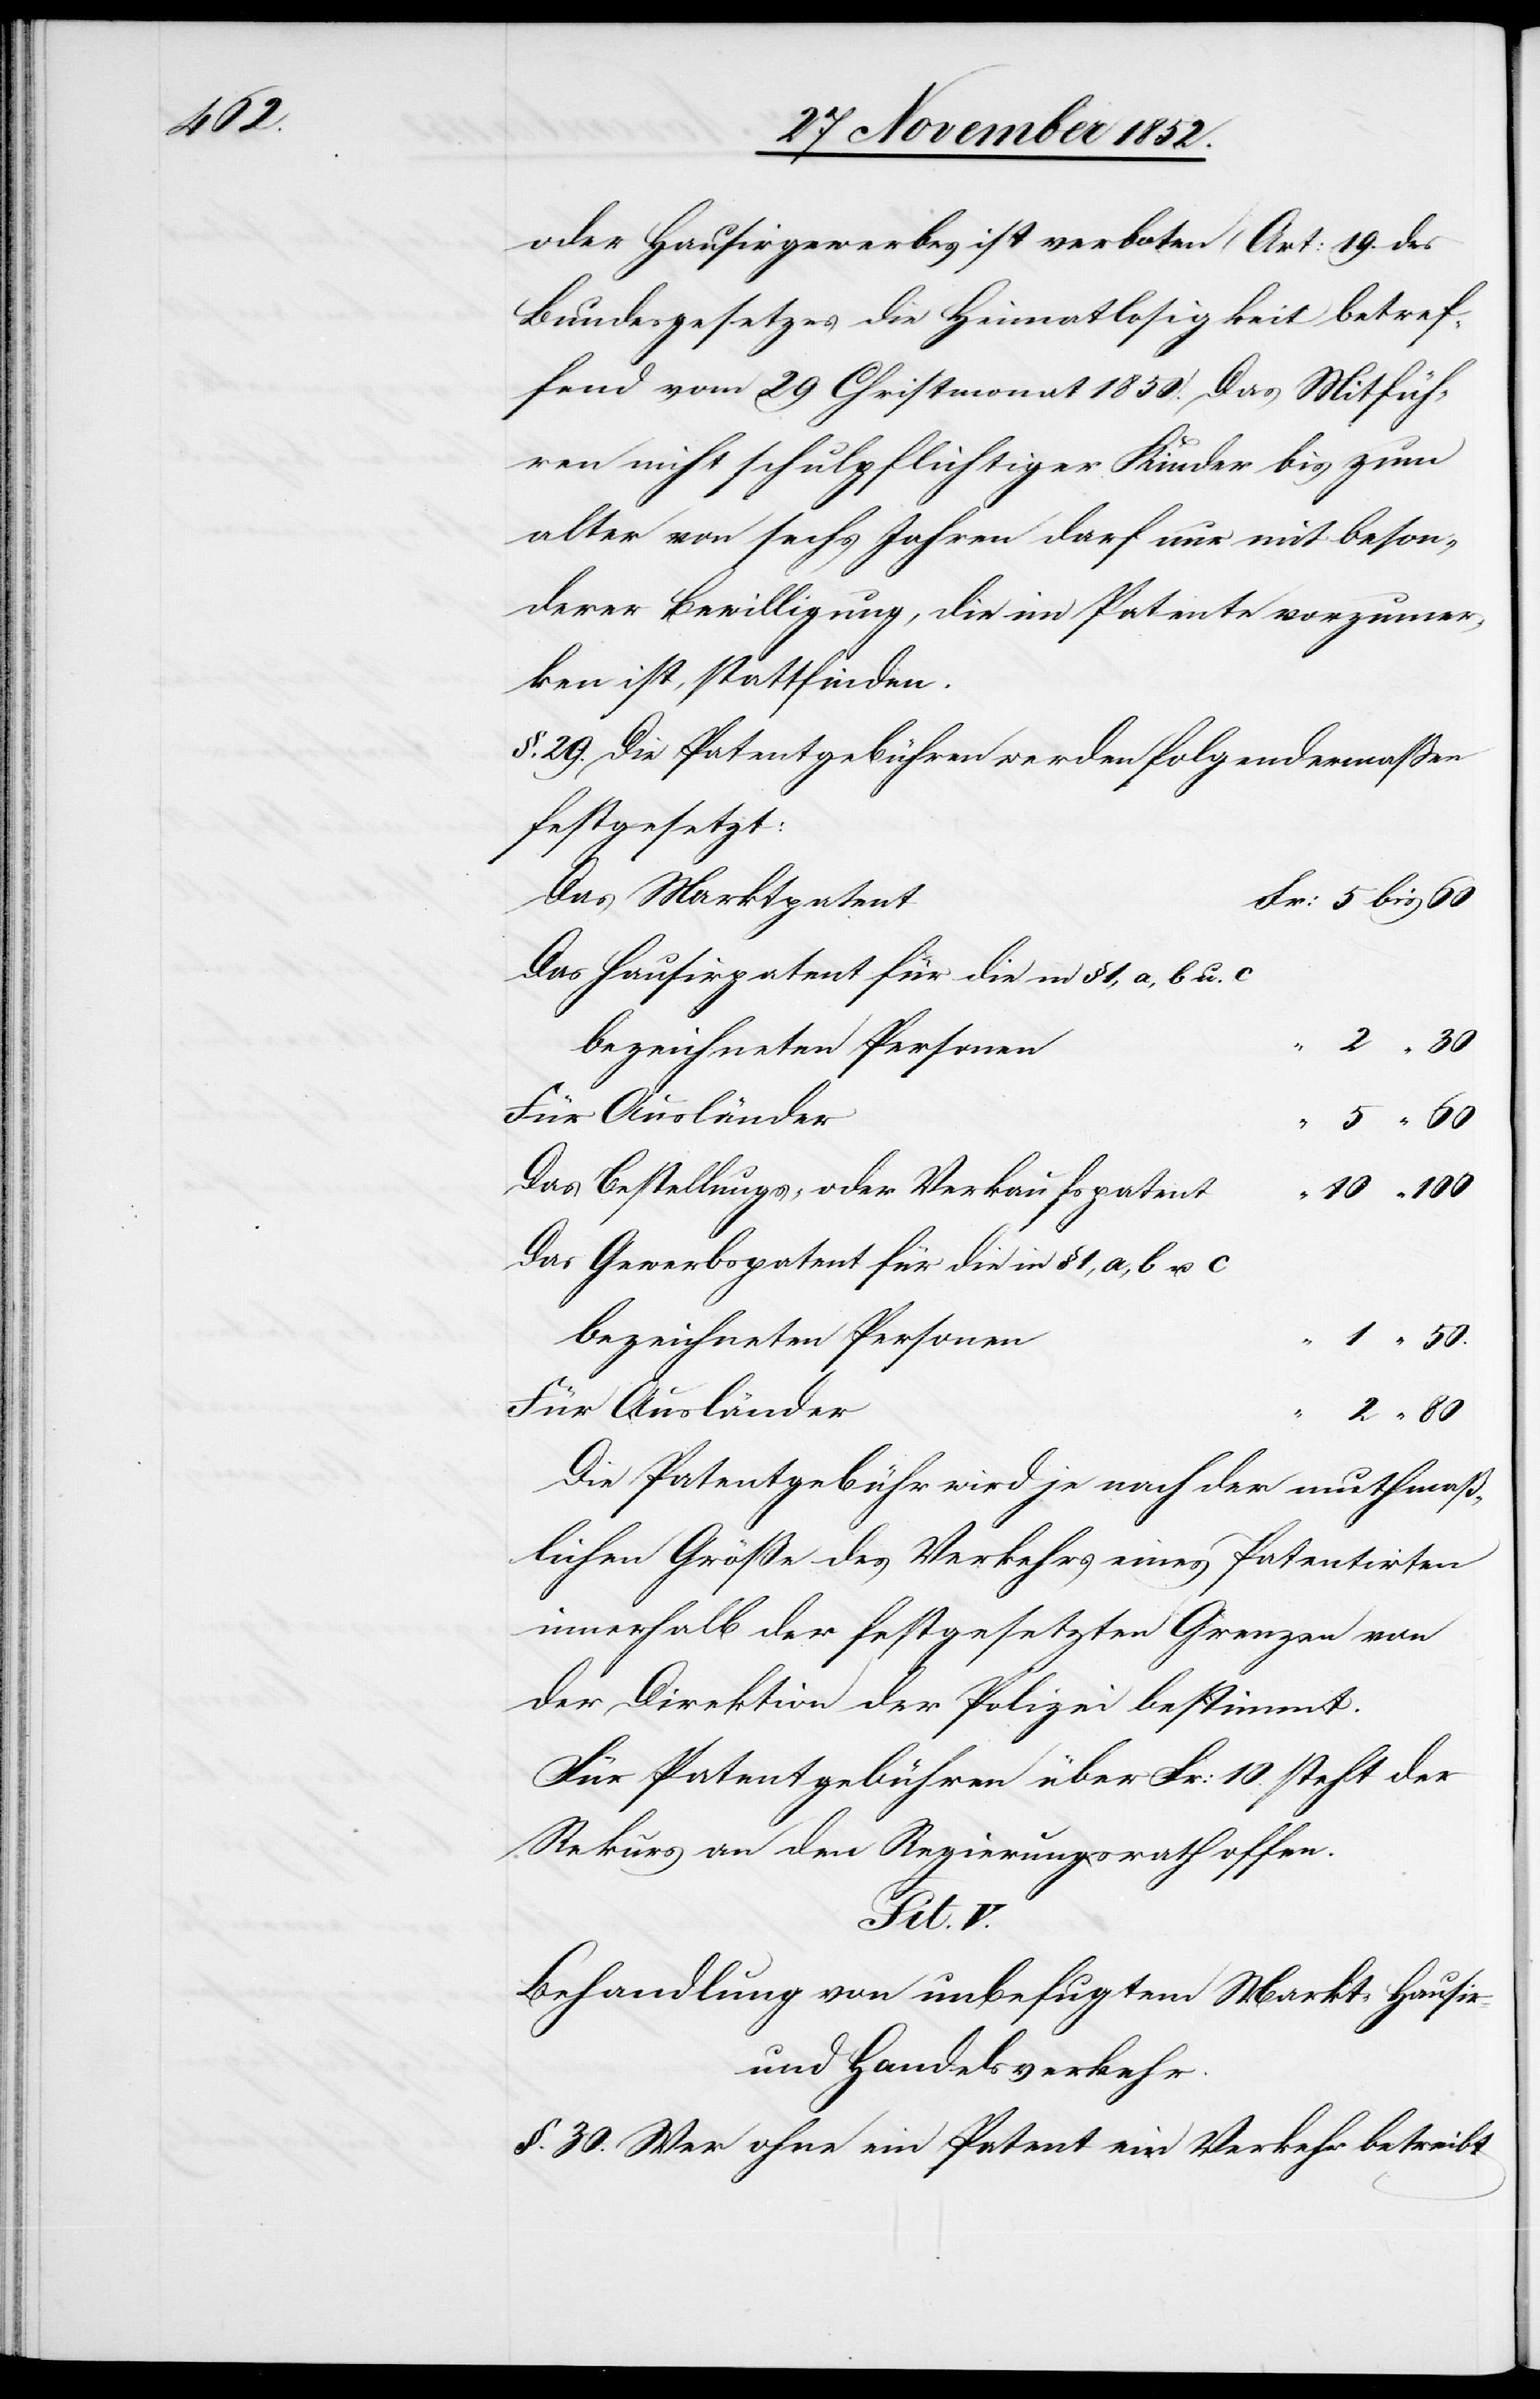
100

oder Hausirgewerbes ist verboten (Art: 19. des
Bundesgesetzes die Heimatlosigkeit betref¬
fend vom 29 Christmonat 1850). Das Mitfüh¬
ren nicht schulpflichtiger Kinder bis zum
[sic!] von sechs Jahren darf nur mit beson¬
derer Bewilligung, die im Patente vorzumer¬
ken ist, stattfinden.
§. 29. Die Patentgebühren werden folgendermaßen
festgesetzt:
Das Marktpatent
Das Hausirpatent für die in § 1, a, b u. c
Das Bestellungs- oder Verkaufspatent
Das Gewerbspatent für die in § 1, a, b u. c
bezeichneten Personen
50.
Für Ausländer
Die Patentgebühr wird je nach der muthmaß¬
lichen Größe des Verkehrs eines Patentirten
innerhalb der festgesetzten Grenzen von
der Direktion der Polizei bestimmt.
Für Patentgebühren über Fr: 10. steht der
Rekurs an den Regierungsrath offen.
Tit. V.
Behandlung von unbefugtem Markt-[,] Hausir-
und Handelsverkehr.
§. 30. Wer ohne ein Patent ein Verkehr betreibt